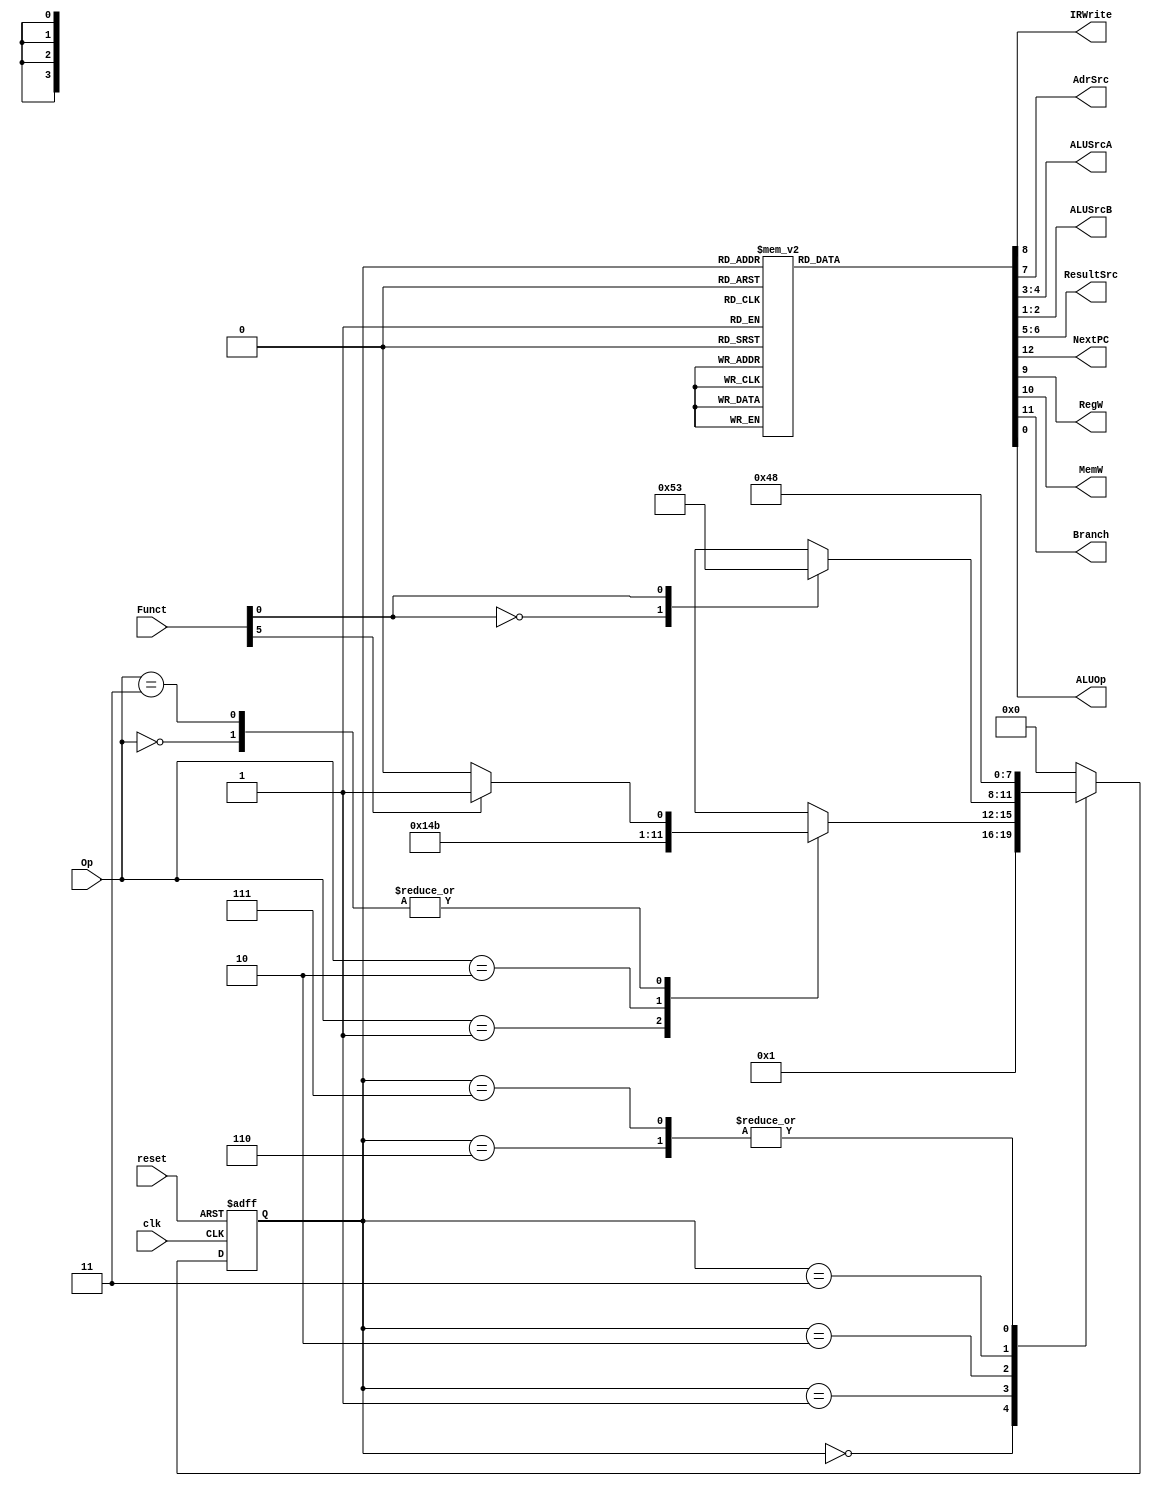
module mainfsm (
	clk,
	reset,
	Op,
	Funct,
	IRWrite,
	AdrSrc,
	ALUSrcA,
	ALUSrcB,
	ResultSrc,
	NextPC,
	RegW,
	MemW,
	Branch,
	ALUOp
);

	input wire clk;
	input wire reset;
	input wire [1:0] Op;
	input wire [5:0] Funct;
	output wire IRWrite;
	output wire AdrSrc;
	output wire [1:0] ALUSrcA;
	output wire [1:0] ALUSrcB;
	output wire [1:0] ResultSrc;
	output wire NextPC;
	output wire RegW;
	output wire MemW;
	output wire Branch;
	output wire ALUOp;
	reg [3:0] state;
	reg [3:0] nextstate;
	reg [12:0] controls;
	localparam [3:0] FETCH = 0;
	localparam [3:0] DECODE = 1;
	localparam [3:0] MEMADR = 2;
	localparam [3:0] MEMREAD = 3;
	localparam [3:0] MEMWB = 4;
	localparam [3:0] MEMWRITE = 5;	
	localparam [3:0] EXECUTER = 6;
	localparam [3:0] EXECUTEI = 7;
	localparam [3:0] ALUWB = 8;
	localparam [3:0] BRANCH = 9;
	localparam [3:0] UNKNOWN = 10;

	// state register
	always @(posedge clk or posedge reset)
		if (reset)
			state <= FETCH;
		else
			state <= nextstate;
	

	// ADD CODE BELOW
  	// Finish entering the next state logic below.  We've completed the 
  	// first two states, FETCH and DECODE, for you.

  	// next state logic
	always @(*)
		casex (state)
			FETCH: nextstate = DECODE;
			DECODE:
				case (Op)
					2'b00:
						if (Funct[5])
							nextstate = EXECUTEI;
						else
							nextstate = EXECUTER;
					2'b01: nextstate = MEMADR;
					2'b10: nextstate = BRANCH;
					2'b11: 
						if (Funct[5])
							nextstate = EXECUTEI;
						else
							nextstate = EXECUTER;
					default: nextstate = UNKNOWN;
				endcase
			MEMADR:
				case (Funct[0])
					1'b0: nextstate = MEMWRITE;
					1'b1: nextstate = MEMREAD;
					default: nextstate = UNKNOWN;
				endcase
			MEMREAD: nextstate = MEMWB;
			MEMWB: nextstate = FETCH;
			MEMWRITE: nextstate = FETCH;
			EXECUTER: nextstate = ALUWB;
			EXECUTEI: nextstate = ALUWB;
			ALUWB: nextstate = FETCH;
			BRANCH: nextstate = FETCH;
			default: nextstate = FETCH;
		endcase

	// ADD CODE BELOW
	// Finish entering the output logic below.  We've entered the
	// output logic for the first two states, FETCH and DECODE, for you.

	// state-dependent output logic
	always @(*)
		case (state)
			FETCH: controls 	= 13'b1000101001100;
			DECODE: controls 	= 13'b0000001001100;
			EXECUTER: controls 	= 13'b0000001000001;
			EXECUTEI: controls 	= 13'b0000001000011;
			ALUWB: controls 	= 13'b0001000000010;
			MEMADR: controls 	= 13'b0000001000010;
			MEMREAD: controls 	= 13'b0000010000010;
			MEMWRITE: controls 	= 13'b0010010000010;
			MEMWB: controls 	= 13'b0001010100010;
			BRANCH: controls 	= 13'b0100001010010;
			default: controls 	= 13'bxxxxxxxxxxxxx;
		endcase
	assign {NextPC, Branch, MemW, RegW, IRWrite, AdrSrc, ResultSrc, ALUSrcA, ALUSrcB, ALUOp} = controls;
endmodule